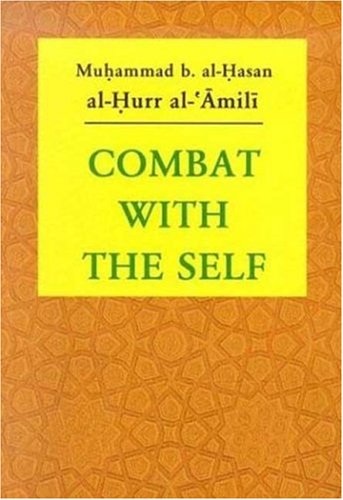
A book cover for Combat with the Self; Al-Hurr al-`Amuli; Religion & Spirituality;